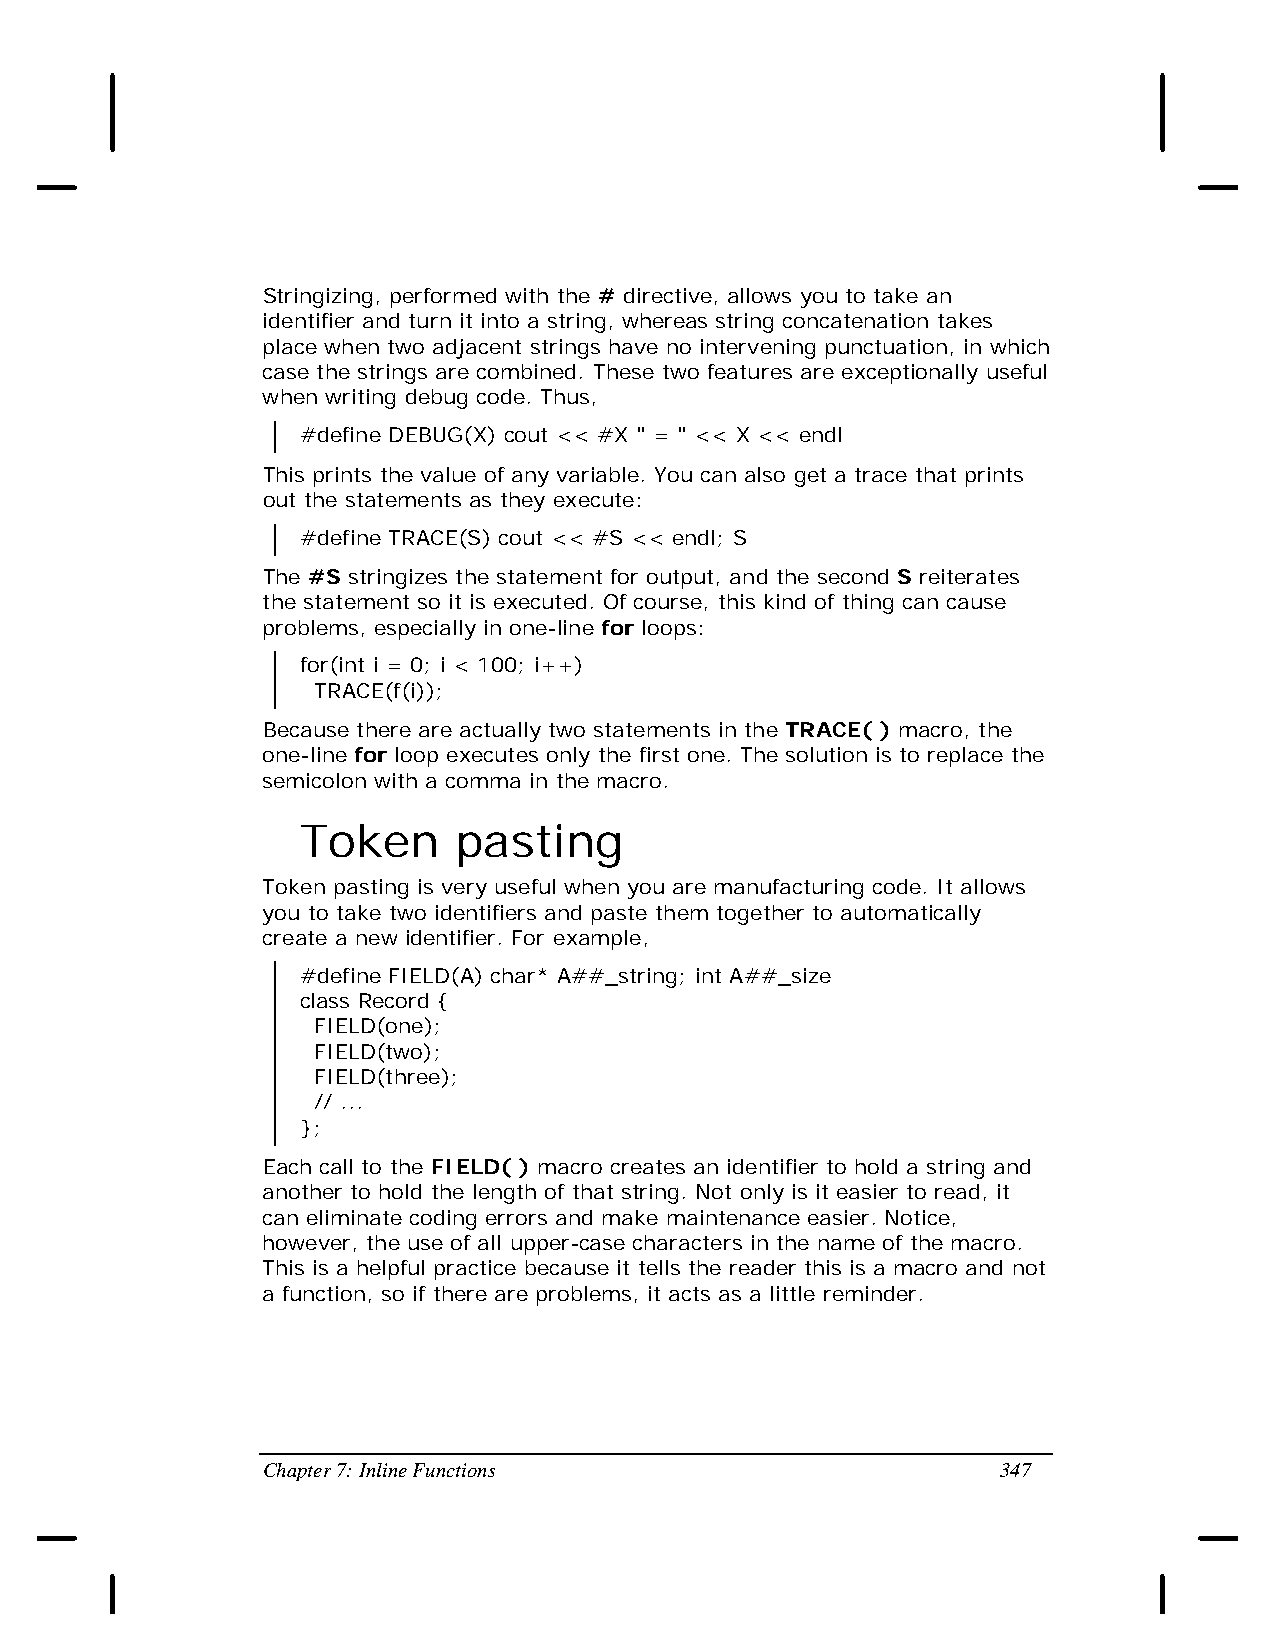
Stringizing, performed with the # directive, allows you to take an
 identifier and turn it into a string, whereas string concatenation takes
 place when two adjacent strings have no intervening punctuation, in which
 case the strings are combined. These two features are exceptionally useful
 when writing debug code. Thus,
 #define DEBUG(X) cout << #X " = " << X << endl
 This prints the value of any variable. You can also get a trace that prints
 out the statements as they execute:
 #define TRACE(S) cout << #S << endl; S
 The #S stringizes the statement for output, and the second S reiterates
 the statement so it is executed. Of course, this kind of thing can cause
 problems, especially in one-line for loops:
 for(int i = 0; i < 100; i++)
 TRACE(f(i));
 Because there are actually two statements in the TRACE( ) macro, the
 one-line for loop executes only the first one. The solution is to replace the
 semicolon with a comma in the macro.
 Token     pasting
 Token pasting is very useful when you are manufacturing code. It allows
 you to take two identifiers and paste them together to automatically
 create a new identifier. For example,
 #define FIELD(A) char* A##_string; int A##_size
 class Record {
 FIELD(one);
 FIELD(two);
 FIELD(three);
 // ...
 };
 Each call to the FIELD( ) macro creates an identifier to hold a string and
 another to hold the length of that string. Not only is it easier to read, it
 can eliminate coding errors and make maintenance easier. Notice,
 however, the use of all upper-case characters in the name of the macro.
 This is a helpful practice because it tells the reader this is a macro and not
 a function, so if there are problems, it acts as a little reminder.
 Chapter 7: Inline Functions                      347